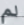
لم